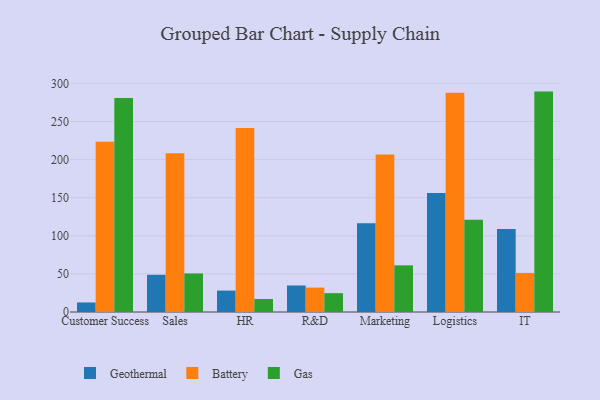
{"axis": {"x": "Department", "y": "Gross Profit (USD K)"}, "legend": ["Battery", "Gas", "Geothermal"], "data": [{"x": "Customer Success", "y": 12.5, "type": "Geothermal"}, {"x": "Customer Success", "y": 223.5, "type": "Battery"}, {"x": "Customer Success", "y": 280.7, "type": "Gas"}, {"x": "Sales", "y": 48.8, "type": "Geothermal"}, {"x": "Sales", "y": 208.3, "type": "Battery"}, {"x": "Sales", "y": 50.6, "type": "Gas"}, {"x": "HR", "y": 28.1, "type": "Geothermal"}, {"x": "HR", "y": 241.5, "type": "Battery"}, {"x": "HR", "y": 17.1, "type": "Gas"}, {"x": "R&D", "y": 34.8, "type": "Geothermal"}, {"x": "R&D", "y": 32.0, "type": "Battery"}, {"x": "R&D", "y": 24.7, "type": "Gas"}, {"x": "Marketing", "y": 116.4, "type": "Geothermal"}, {"x": "Marketing", "y": 206.6, "type": "Battery"}, {"x": "Marketing", "y": 61.2, "type": "Gas"}, {"x": "Logistics", "y": 156.3, "type": "Geothermal"}, {"x": "Logistics", "y": 287.8, "type": "Battery"}, {"x": "Logistics", "y": 120.9, "type": "Gas"}, {"x": "IT", "y": 109.0, "type": "Geothermal"}, {"x": "IT", "y": 51.3, "type": "Battery"}, {"x": "IT", "y": 289.2, "type": "Gas"}]}